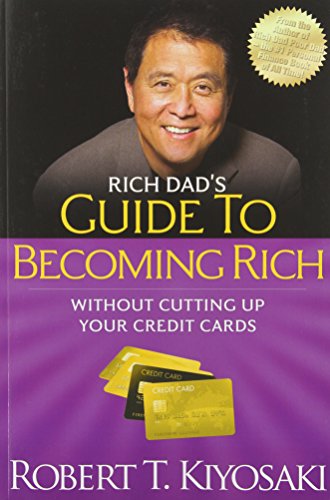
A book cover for Rich Dad's Guide to Becoming Rich Without Cutting Up Your Credit Cards: Turn "Bad Debt" into "Good Debt"; Robert T. Kiyosaki; Business & Money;